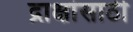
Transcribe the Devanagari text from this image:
द्राक्षांसाठी